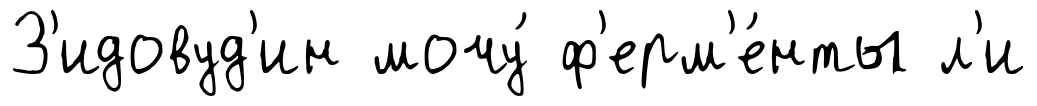
З'идовуд'ин мочу́ ф'ерм'е́нты л'и